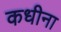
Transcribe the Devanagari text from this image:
कधीना